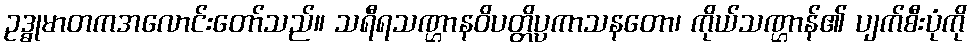
ဥဒ္ဓုမာတကအလောင်းတော်သည်။ သရီရသဏ္ဌာနဝိပတ္တိပ္ပကာသနတော၊ ကိုယ်သဏ္ဌာန်၏ ပျက်စီးပုံကို